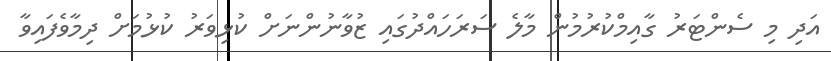
އަދި މި ސެންޓަރު ގާއިމްކުރުމުން މާލެ ސަރަހައްދުގައި ޒުވާނުންނަށް ކުޅިވަރު ކުޅުމަށް ދިމާވެފައިވާ